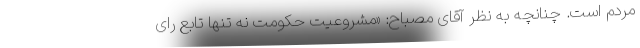
مردم است. چنانچه به نظر آقای مصباح: «مشروعیت حکومت نه تنها تابع رای